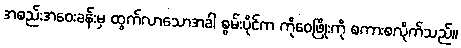
အစည်းအဝေးခန်းမှ ထွက်လာသောအခါ စွမ်းပိုင်က ကိုဝေဖြိုးကို စကားစလိုက်သည်။